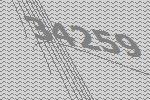
34259